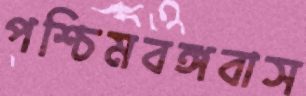
পশ্চিমবঙ্গবাস